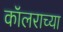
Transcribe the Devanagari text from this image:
कॉलराच्या